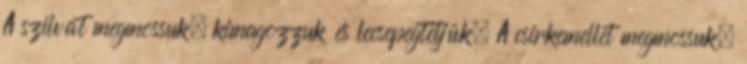
A szilvát megmossuk, kimagozzuk és lecsepegtetjük. A csirkemellet megmossuk,